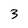
Character: 3